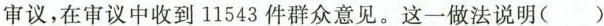
审议，在审议中收到11543件群众意见。这一做法说明( )